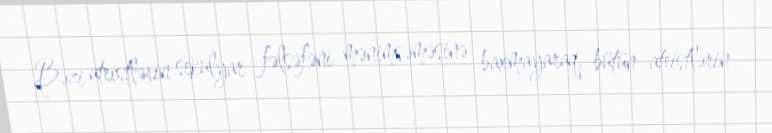
Bəzi ateistlərin sekulyar fəlsəfəni mənimsəməsinə baxmayaraq, bütün ateistlərin